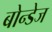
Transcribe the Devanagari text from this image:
बोन्डेज